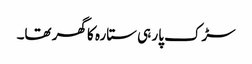
سڑک پار ہی ستارہ کا گھر تھا۔